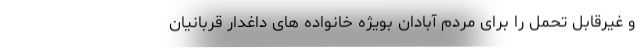
و غیرقابل تحمل را برای مردم آبادان بویژه خانواده های داغدار قربانیان